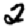
Digit: 2